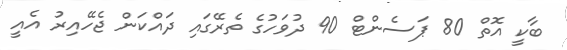
ބާކީ އޮތް 80 ޕަސެންޓް 90 ދުވަހުގެ ތެރޭގައި ދައްކަން ޖެހޭއިރު އެއީ